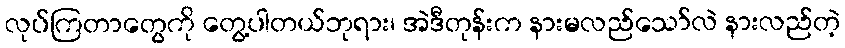
လုပ်ကြတာတွေကို တွေ့ပါတယ်ဘုရား၊ အဲဒီတုန်းက နားမလည်သော်လဲ နားလည်တဲ့